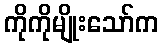
ကိုကိုမျိုးသော်က